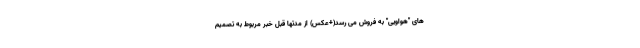
های "هواویی" به فروش می رسد(+عکس) از مدتها قبل خبر مربوط به تصمیم